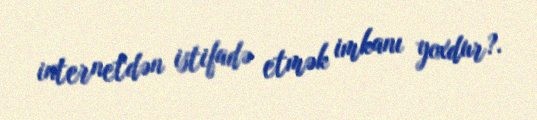
internetdən istifadə etmək imkanı yoxdur?.